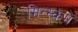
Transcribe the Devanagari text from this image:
मिन्स्कमें